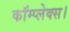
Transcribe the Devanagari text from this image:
कॉम्प्लेक्स।